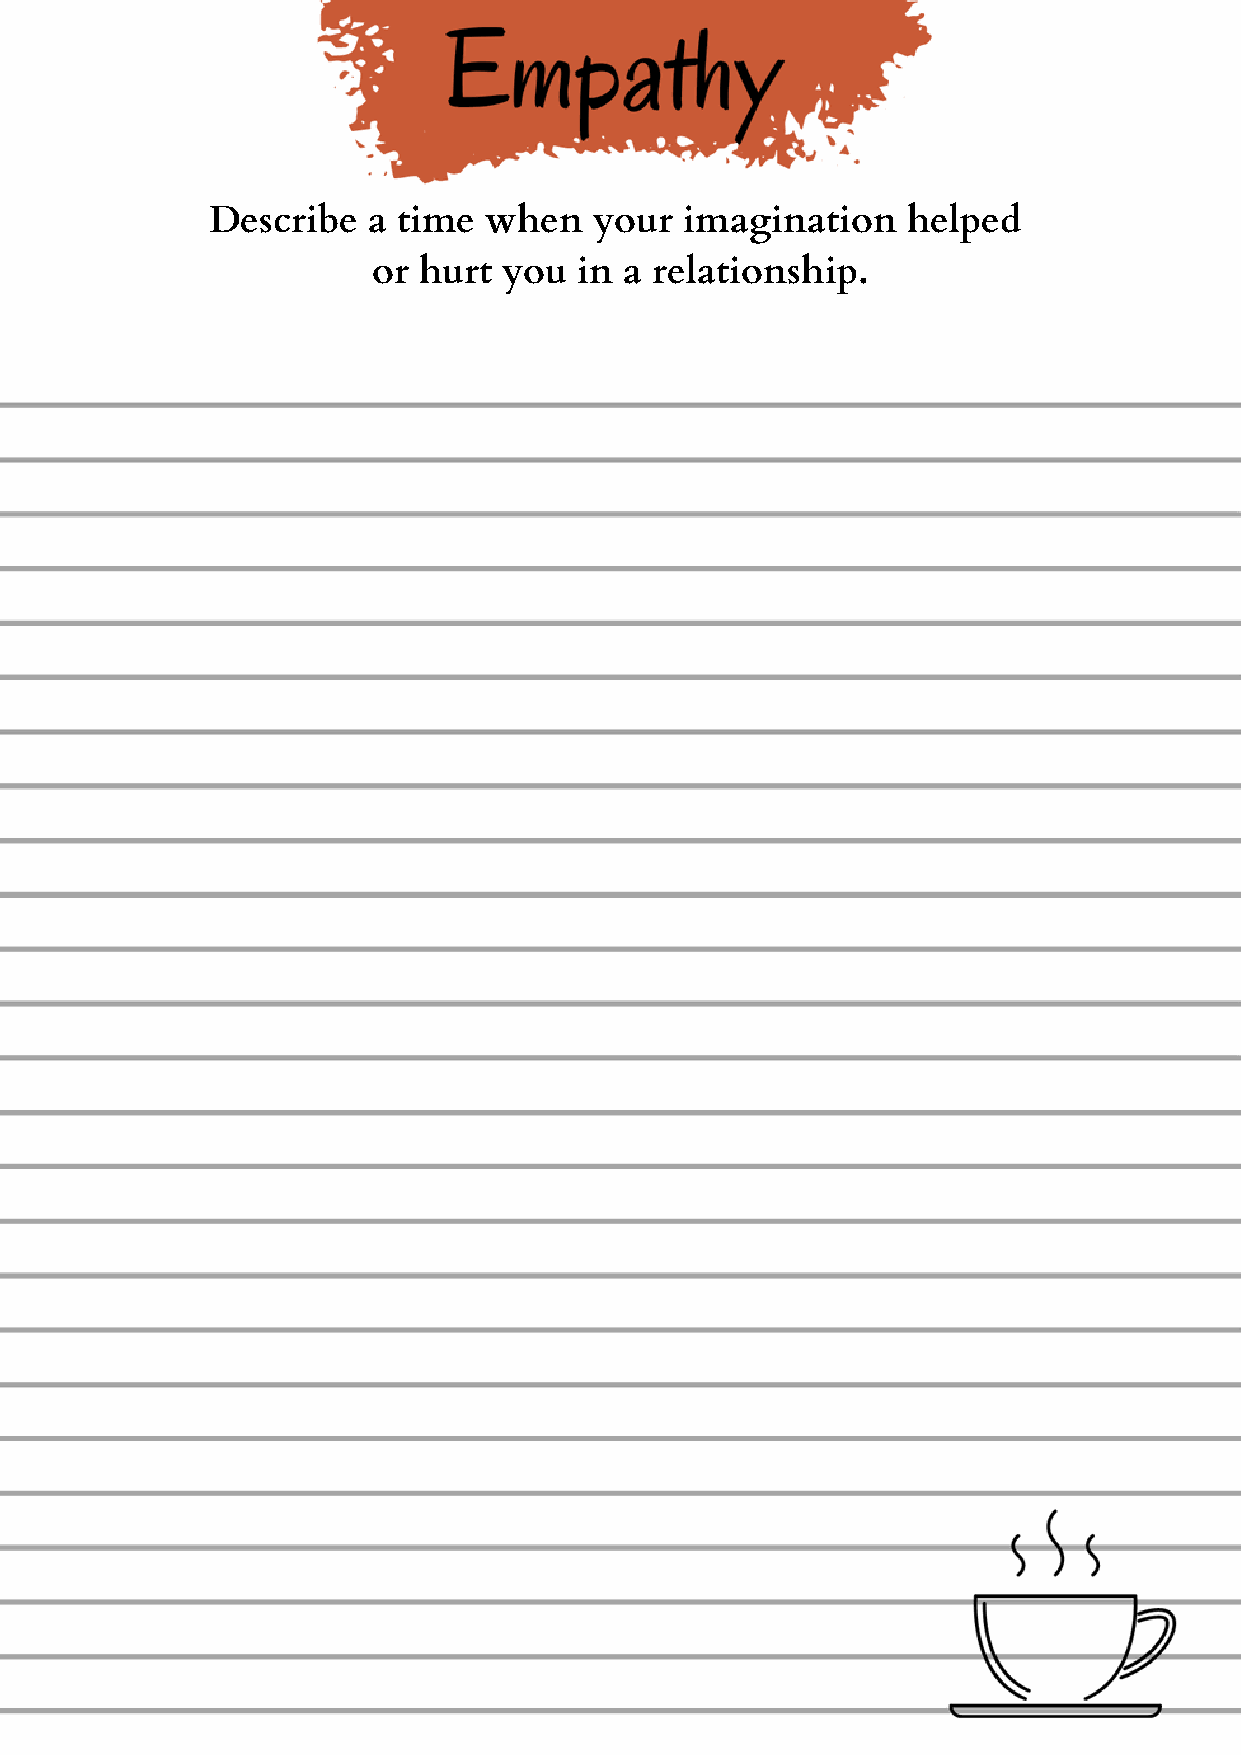
Describe  a time  when   your  imagination    helped
 or hurt you  in a relationship.